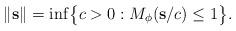
LaTeX: \begin{align*}\lVert \mathbf s \rVert=\inf \bigl\{ c>0 : M_\phi ( \mathbf s / c ) \le 1 \bigr\}.\end{align*}